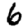
Digit: 6